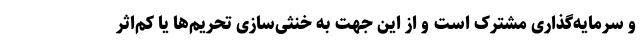
و سرمایه‌گذاری مشترک است و از این جهت به خنثی‌سازی تحریم‌ها یا کم‌اثر